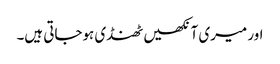
اور میری آنکھیں ٹھنڈی ہوجاتی ہیں۔